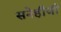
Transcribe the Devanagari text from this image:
सनेहीजी